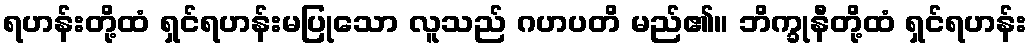
ရဟန်းတို့ထံ ရှင်ရဟန်းမပြုသော လူသည် ဂဟပတိ မည်၏။ ဘိက္ခုနီတို့ထံ ရှင်ရဟန်း